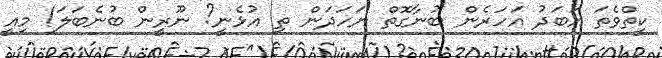
ކީތްވެތަ އަބަދު އަހަރެން ބުނާގޮތް ނަހަދަން ތި އުޅެނީ? ނޫރީން ބުނެބަލަ! މިއީ